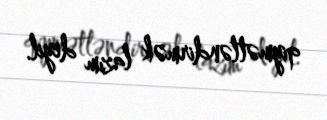
qiymətləndirmək lazım deyil.